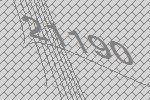
21190